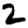
Digit: 2